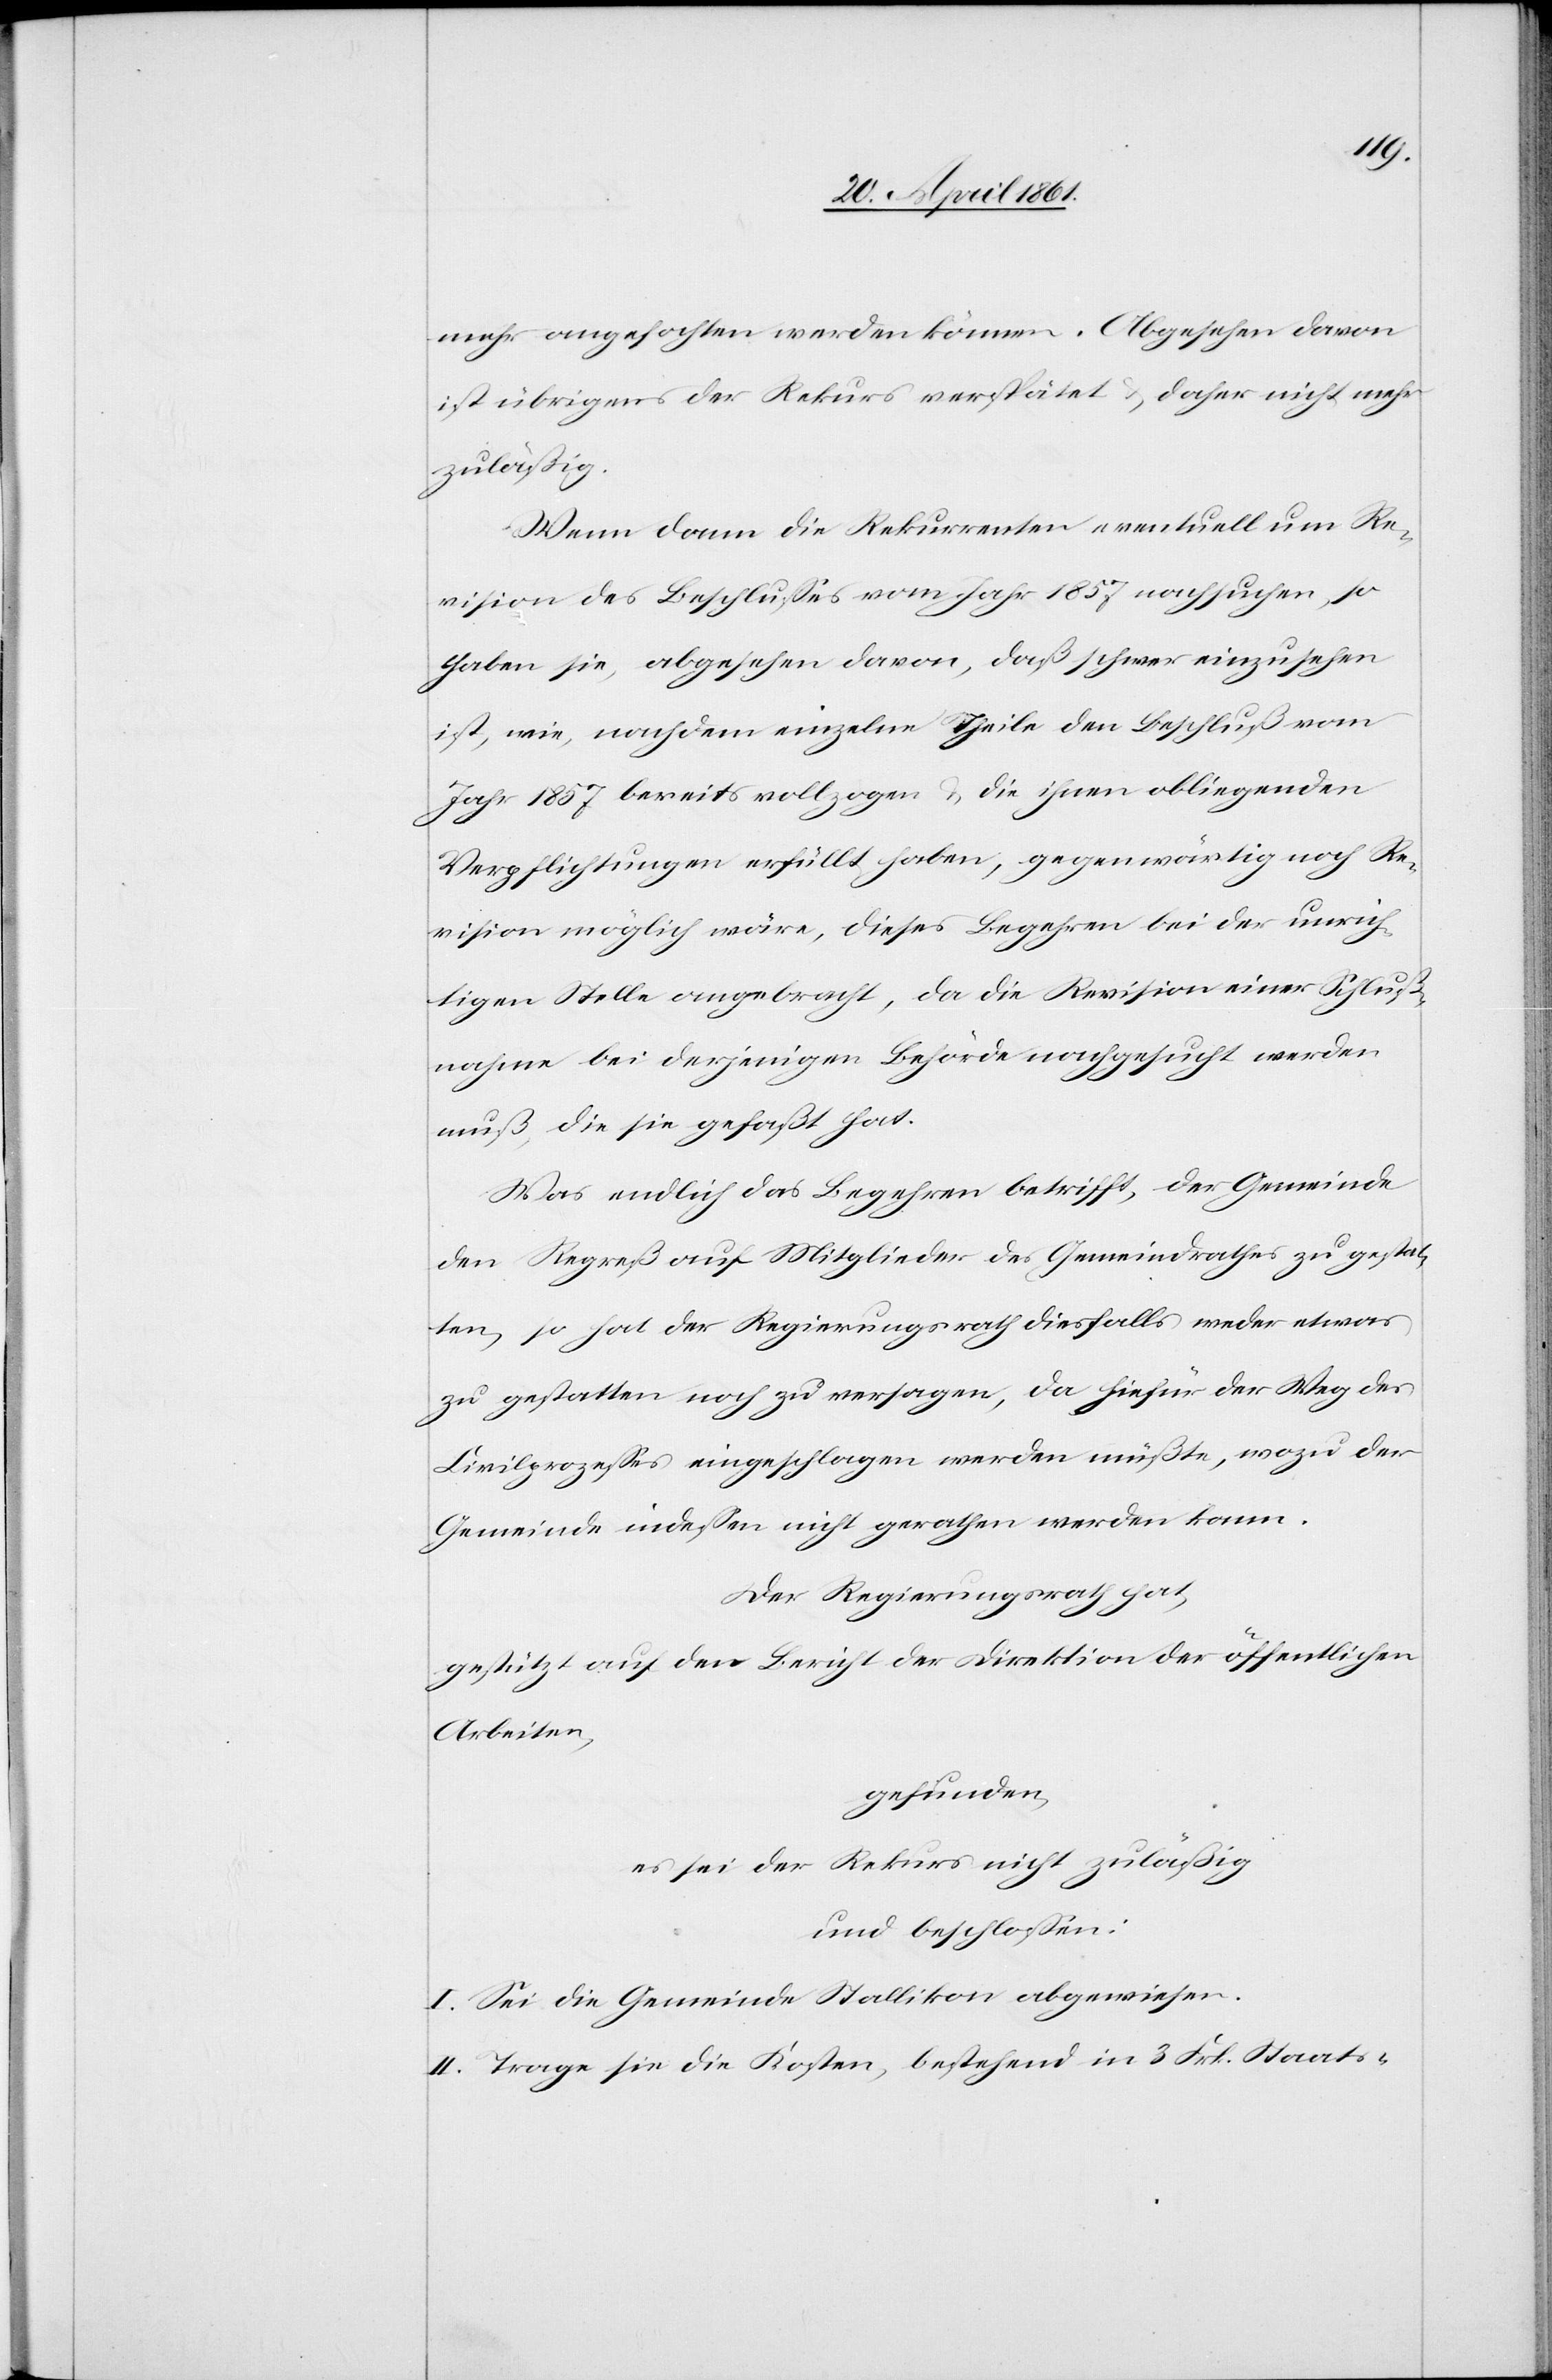
mehr angefochten werden können. Abgesehen davon
ist übrigens der Rekurs verspätet u. daher nicht mehr
zuläßig.
Wenn dann die Rekurrenten eventuell um Re¬
vision des Beschlusses vom Jahr 1857 nachsuchen, so
haben sie, abgesehen davon, daß schwer einzusehen
ist, wie, nachdem einzelne Theile jeden Beschluß vom
Jahr 1857 bereits vollzogen u. die ihnen obliegenden
Verpflichtungen erfüllt haben, gegenwärtig noch Re¬
vision möglich wäre, dieses Begehren bei der unrich¬
tigen Stelle angebracht, da die Revision einer Schluß¬
nahme bei derjenigen Behörde nachgesucht werden
muß, die sie gefaßt hat.
Was endlich das Begehren betrifft, der Gemeinde
den Repreß auf Mitglieder des Gemeindrathes zu gestal¬
ten, so hat der Regierungsrath diesfalls weder etwas
zu gestatten noch zu versagen, da hiefür der Weg des
Civilprozesses eingeschlagen werden müßte, wozu der
Gemeinde indessen nicht gerathen werden kann.
Der Regierungsrath hat,
gestützt auf den Bericht der Direktion der öffentlichen
Arbeiten,
gefunden,
es sei der Rekurs nicht zuläßig
und beschlossen:
I. Sei die Gemeinde Stallikon abgewiesen.
II. Trage sie die Kosten, bestehend in 3 Frk. Staats-